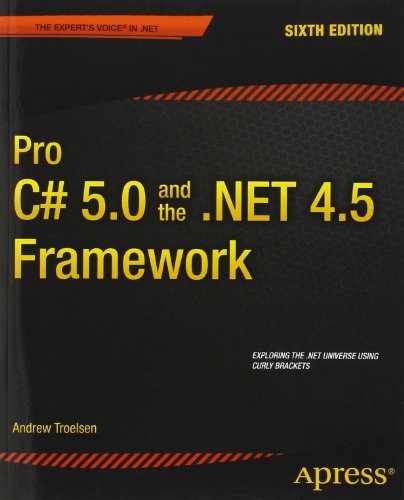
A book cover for Pro C# 5.0 and the .NET 4.5 Framework (Expert's Voice in .NET); Andrew Troelsen; Computers & Technology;